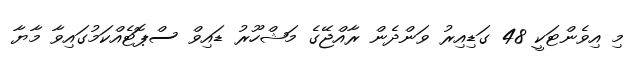
މި އިވެންޓަކީ 48 ގަޑިއިރު ވަންދެން ރާއްޖޭގެ މަޝްހޫރު ޑައިވް ސްޕޮޓެއްކަމުގައިވާ މާޔާ